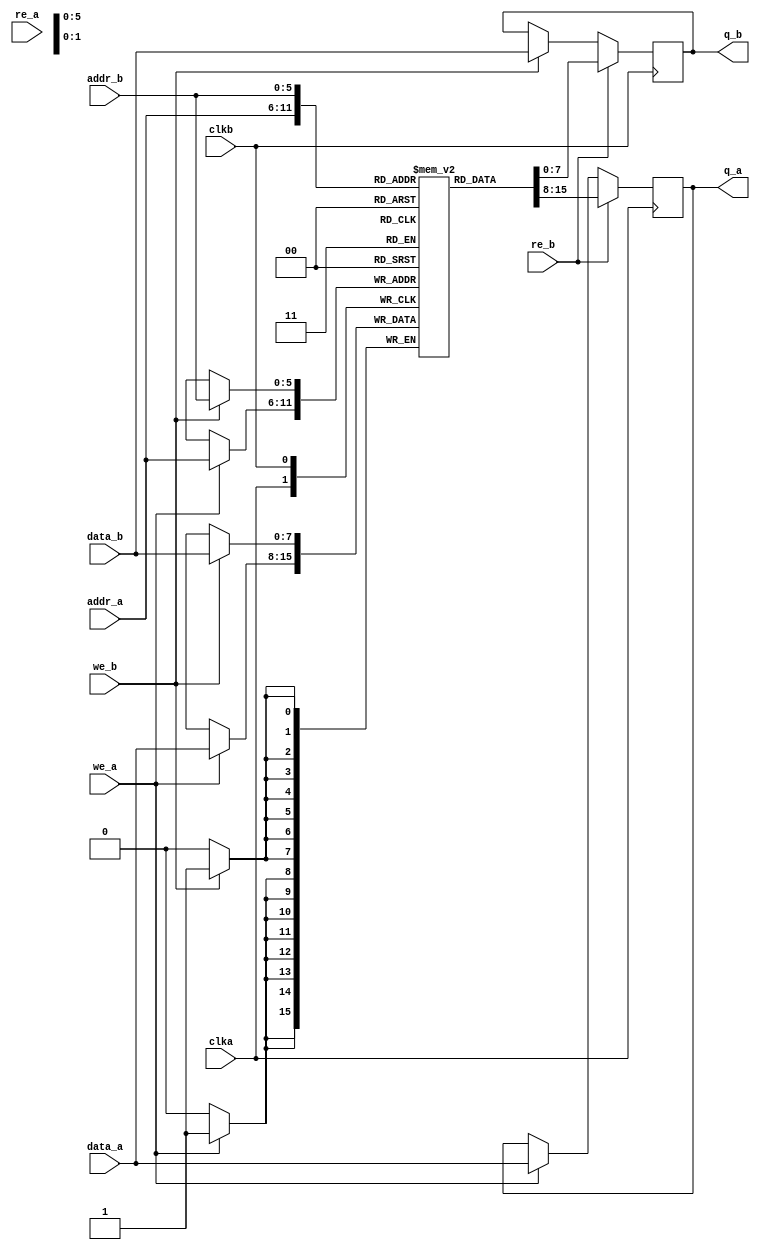
module top
(
	input [7:0] data_a, data_b,
	input [6:1] addr_a, addr_b,
	input we_a, we_b, re_a, re_b, clka, clkb,
	output reg [7:0] q_a, q_b
);
	// Declare the RAM variable
	reg [7:0] ram[63:0];

	initial begin
        q_a <= 8'h00;
        q_b <= 8'd0;
	end

	// Port A
	always @ (posedge clka)
	begin
		if (we_a)
		begin
			ram[addr_a] <= data_a;
			q_a <= data_a;
		end
		if (re_b)
		begin
			q_a <= ram[addr_a];
		end
	end

	// Port B
	always @ (posedge clkb)
	begin
		if (we_b)
		begin
			ram[addr_b] <= data_b;
			q_b <= data_b;
		end
		if (re_b)
		begin
			q_b <= ram[addr_b];
		end
	end

endmodule